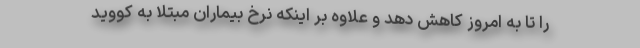
را تا به امروز کاهش دهد و علاوه بر اینکه نرخ بیماران مبتلا به کووید